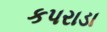
કપરાડા